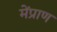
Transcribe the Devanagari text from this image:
मेंप्राण